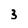
Character: 3